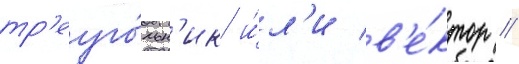
тр'еуго́льн'ик и́л'и в'е́ктор /